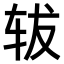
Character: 𫐈